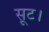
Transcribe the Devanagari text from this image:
सूट।